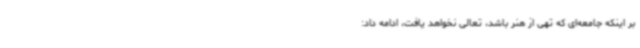
بر اینکه جامعه‌ای که تهی از هنر باشد، تعالی نخواهد یافت، ادامه داد: